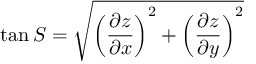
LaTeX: \tan S = { \sqrt { \left( { \frac { \partial z } { \partial x } } \right) ^ { 2 } + \left( { \frac { \partial z } { \partial y } } \right) ^ { 2 } } }